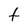
Character: t